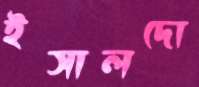
ইসালদো